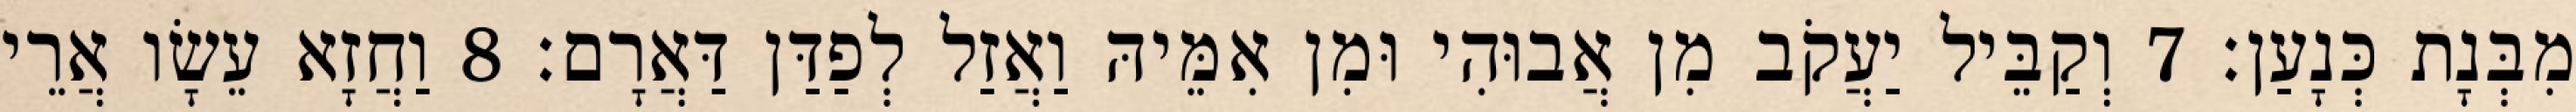
מִבְּנָת כְּנָעַן׃ 7 וְקַבֵּיל יַעֲקֹב מִן אֲבוּהִי וּמִן אִמֵּיהּ וַאֲזַל לְפַדַּן דַּאֲרָם׃ 8 וַחֲזָא עֵשָׂו אֲרֵי